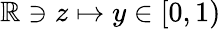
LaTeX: \mathbb{R}\ni z\mapsto y\in\left[0,1\right)